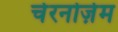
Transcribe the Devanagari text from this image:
चेरनोज़ेम